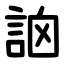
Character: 䛜